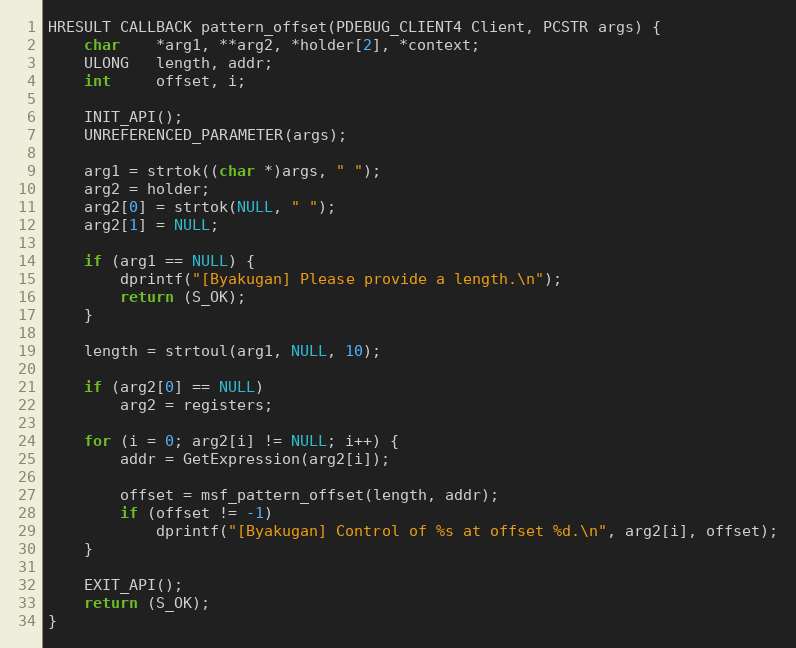
Language: C++
HRESULT CALLBACK pattern_offset(PDEBUG_CLIENT4 Client, PCSTR args) {
    char    *arg1, **arg2, *holder[2], *context;
    ULONG   length, addr;
    int     offset, i;

    INIT_API();
    UNREFERENCED_PARAMETER(args);

    arg1 = strtok((char *)args, " ");
    arg2 = holder;
    arg2[0] = strtok(NULL, " ");
    arg2[1] = NULL;

    if (arg1 == NULL) {
        dprintf("[Byakugan] Please provide a length.\n");
        return (S_OK);
    }

    length = strtoul(arg1, NULL, 10);

    if (arg2[0] == NULL)
        arg2 = registers;

    for (i = 0; arg2[i] != NULL; i++) {
        addr = GetExpression(arg2[i]);

        offset = msf_pattern_offset(length, addr);
        if (offset != -1)
            dprintf("[Byakugan] Control of %s at offset %d.\n", arg2[i], offset);
    }

    EXIT_API();
    return (S_OK);
}